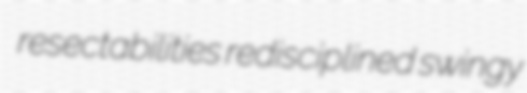
resectabilities redisciplined swingy